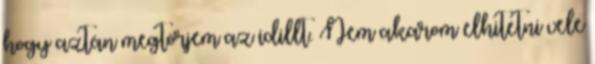
hogy aztán megtörjem az idillt. Nem akarom elhitetni vele